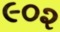
૯૦૨